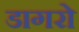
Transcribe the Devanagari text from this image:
डागरो